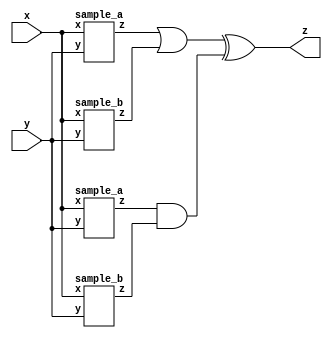
module top_module (input x, input y, output z);
   wire a1,a2,a3,a4,a5,a6;
    
    sample_a uut1(x,y,a1);
    sample_b uut2(x,y,a2);
    sample_a uut3(x,y,a3);
    sample_b uut4(x,y,a4);
    assign a5 = a1 | a2;
    assign a6 = a3 & a4;
    assign z = a5 ^ a6;
  
endmodule

//circuit a 
module sample_a (input x, input y, output z);
    assign z = (x ^ y) & x;

endmodule
//circuit b
module sample_b(input x, input y, output z);
    assign z = ~(x ^ y);
endmodule